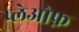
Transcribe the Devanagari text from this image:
प्लेओफ़